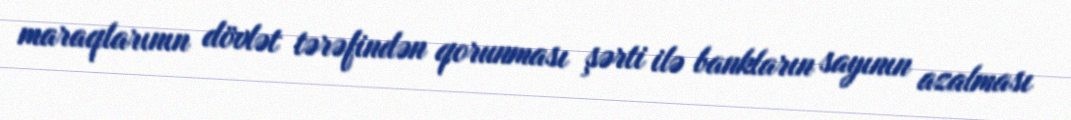
maraqlarının dövlət tərəfindən qorunması şərti ilə bankların sayının azalması